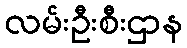
လမ်းဦးစီးဌာန